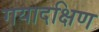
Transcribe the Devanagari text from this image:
गयादक्षिण